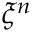
\xi ^ { n }